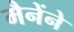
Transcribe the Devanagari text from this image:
मैनेंने